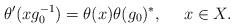
LaTeX: \begin{align*}\theta'(xg_0^{-1})=\theta(x)\theta(g_0)^*,\ \ \ \ x\in X.\end{align*}